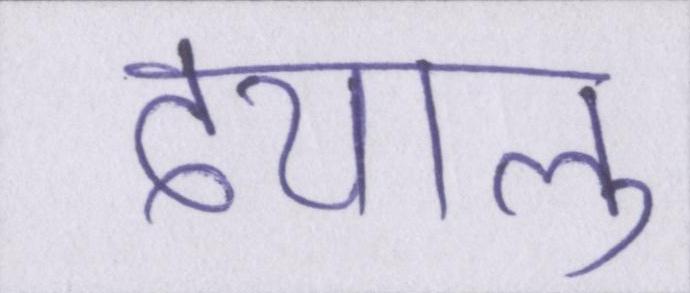
दयालु